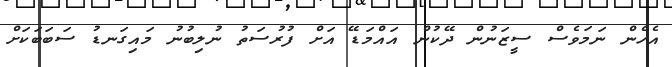
އެހެން ނަމަވެސް ސީޒަނުން ދޭކުން އައްމަޑޭ އަށް ފުރުސަތު ނުލިބުނު މައިގަނޑު ސަބަބަކަށް